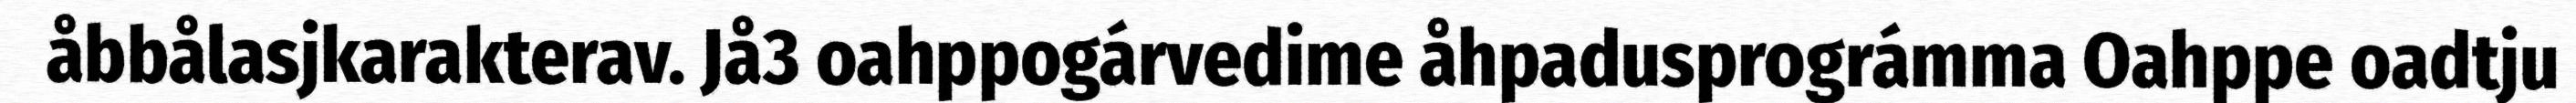
åbbålasjkarakterav. Jå3 oahppogárvedime åhpadusprográmma Oahppe oadtju